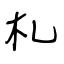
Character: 札